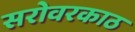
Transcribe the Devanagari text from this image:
सरोवरकाठ